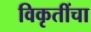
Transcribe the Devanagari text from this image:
विकृतींचा